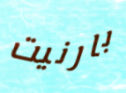
بارنيت